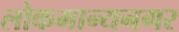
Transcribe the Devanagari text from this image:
लोकमान्यनगर